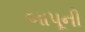
બાપૂની